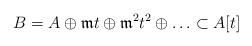
LaTeX: \begin{align*}B = A \oplus \mathfrak{m} t \oplus \mathfrak{m}^2 t^2 \oplus \hdots \subset A[t] \end{align*}